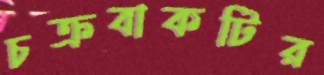
চক্রবাকটির